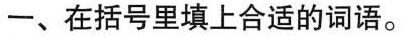
一、在括号里填上合适的词语。